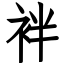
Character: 袢